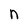
Character: n